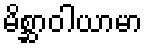
မိစ္ဆာဝါယာမာ